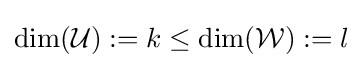
\dim({\mathcal {U}}):=k\leq \dim({\mathcal {W}}):=l